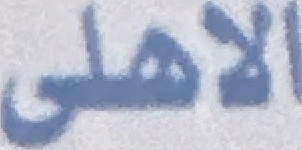
الاهلی